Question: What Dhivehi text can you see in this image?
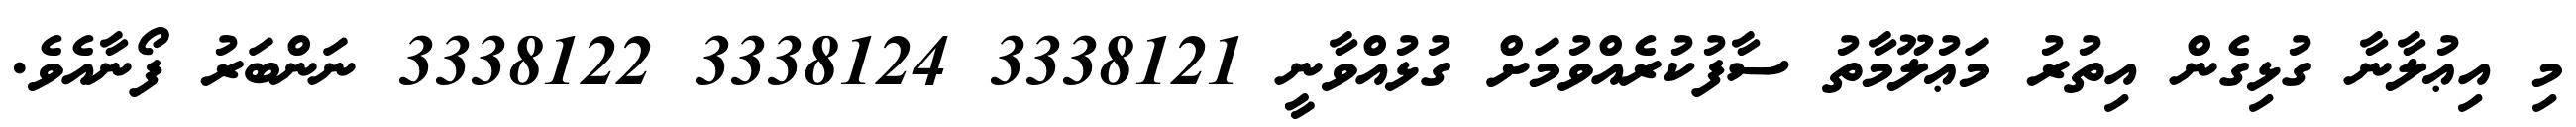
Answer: މި އިޢުލާނާ ގުޅިގެން އިތުރު މަޢުލޫމާތު ސާފުކުރެއްވުމަށް ގުޅުއްވާނީ 3338121 3338124 3338122 ނަންބަރު ފޯނާއެވެ.